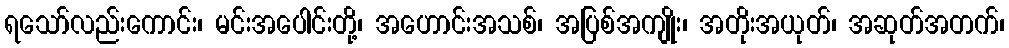
ရသော်လည်းကောင်း၊ မင်းအပေါင်းတို့၊ အဟောင်းအသစ်၊ အပြစ်အကျိုး၊ အတိုးအယုတ်၊ အဆုတ်အတက်၊